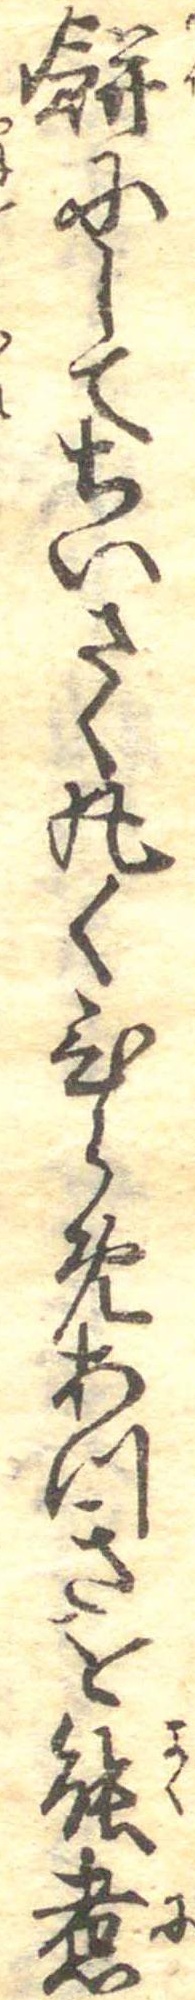
餅にしてちいさく丸くひらめあつきを能煮